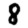
Digit: 8